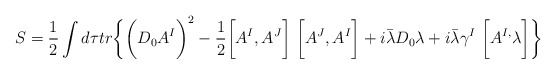
\begin{align*}S = \frac{1}{2}\int d\tau tr\biggl\{ \biggl(D_0 A^I\biggr)^2- \frac{1}{2}\biggl[A^I,A^J\biggr]~\biggl[A^J,A^I\biggr]+i{\bar\lambda}D_0\lambda+i{\bar\lambda} {\gamma}^I~\biggl[A^{I,}\lambda\biggr]\biggr\}\end{align*}